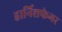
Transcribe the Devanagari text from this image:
हार्निशफेगर